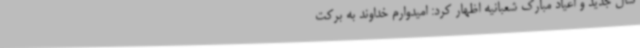
سال جدید و اعیاد مبارک شعبانیه اظهار کرد: امیدوارم خداوند به برکت